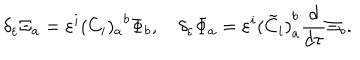
\delta _ { \varepsilon } \Xi _ { a } = \varepsilon ^ { i } { ( C _ { i } ) _ { a } } ^ { b } \Phi _ { b } , \quad \delta _ { \varepsilon } \Phi _ { a } = \varepsilon ^ { i } { ( \tilde { C } _ { i } ) } _ { a } ^ { b } \frac { d } { d \tau } { \Xi } _ { b } .